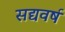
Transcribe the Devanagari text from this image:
सद्यवर्ष